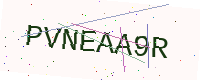
Text: PVNEAA9R